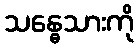
သန္ဓေသားကို